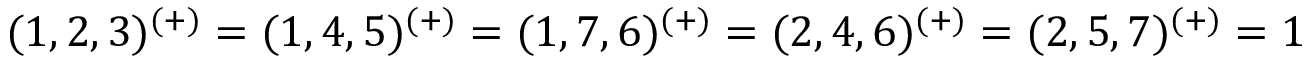
( 1 , 2 , 3 ) ^ { ( + ) } = ( 1 , 4 , 5 ) ^ { ( + ) } = ( 1 , 7 , 6 ) ^ { ( + ) } = ( 2 , 4 , 6 ) ^ { ( + ) } = ( 2 , 5 , 7 ) ^ { ( + ) } = 1